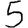
Digit: 5